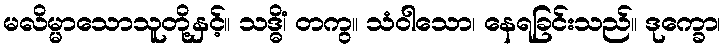
မလိမ္မာသောသူတို့နှင့်။ သဒ္ဓိံ၊ တကွ။ သံဝါသော၊ နေရခြင်းသည်။ ဒုက္ခော၊